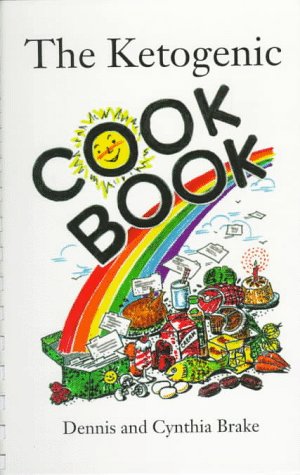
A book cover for The Ketogenic Cookbook; Dennis Brake; Health, Fitness & Dieting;